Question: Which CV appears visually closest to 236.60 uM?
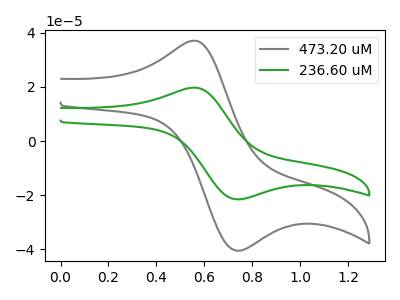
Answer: <think>The gray curve "473.20 uM" has an anodic peak at (0.55V, 37.05uA) and a cathodic peak at (0.75V, -40.50uA). The green curve "236.60 uM" has an anodic peak at (0.55V, 19.70uA) and a cathodic peak at (0.75V, -21.55uA).
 All the peaks in "473.20 uM" have a peak in "236.60 uM" at the same potential. Every peak in "473.20 uM" is higher than every peak in "236.60 uM".</think>
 <answer>The CV with the most similar shape to "473.20 uM" is "236.60 uM".</answer>
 <eval>"236.60 uM"</eval>